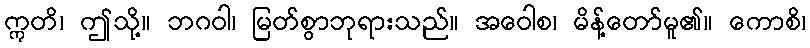
ဣတိ၊ ဤသို့။ ဘဂဝါ၊ မြတ်စွာဘုရားသည်။ အဝေါစ၊ မိန့်တော်မူ၏။ ကောစိ၊